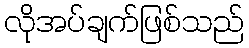
လိုအပ်ချက်ဖြစ်သည်